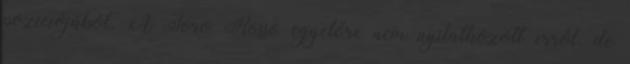
pozíciójából. A Toro Rosso egyelőre nem nyilatkozott erről, de